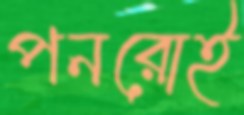
পনরোই